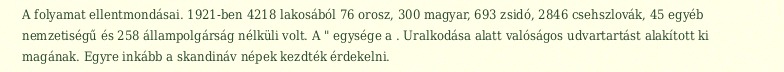
A folyamat ellentmondásai. 1921-ben 4218 lakosából 76 orosz, 300 magyar, 693 zsidó, 2846 csehszlovák, 45 egyéb nemzetiségű és 258 állampolgárság nélküli volt. A " egysége a . Uralkodása alatt valóságos udvartartást alakított ki magának. Egyre inkább a skandináv népek kezdték érdekelni.